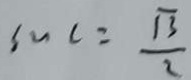
\sin C = \frac { \sqrt { 3 } } { 2 }